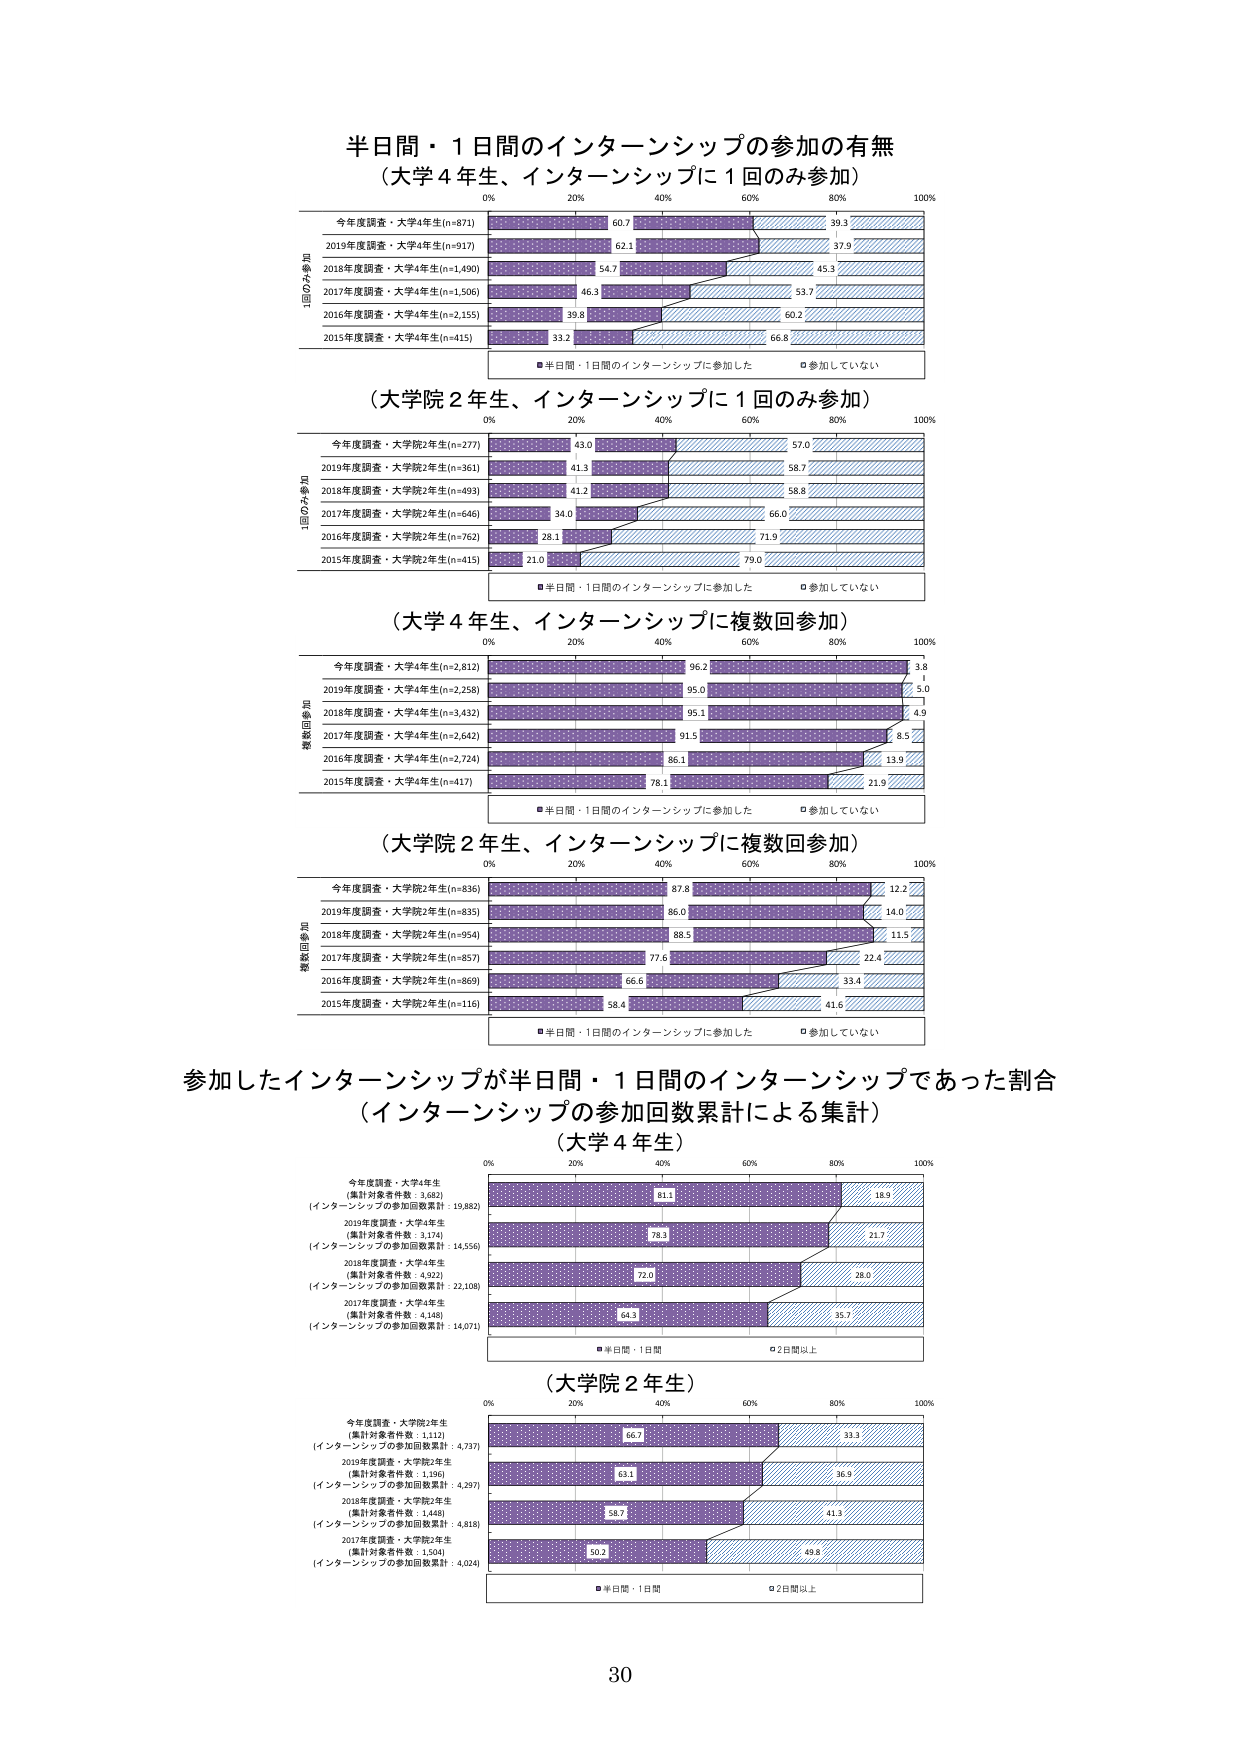
半日間・1日間のインターンシップの参加の有無
（大学4年生、インターンシップに1回のみ参加）

0% 20% 40% 60% 80% 100%

今年度調査・大学4年生(n=871)
60.7 39.3
2019年度調査・大学4年生(n=917)
62.1 37.9
2018年度調査・大学4年生(n=1,490)
54.7 45.3
2017年度調査・大学4年生(n=1,506)
46.3 53.7
2016年度調査・大学4年生(n=2,155)
39.8 60.2
2015年度調査・大学4年生(n=415)
33.2 66.8

■半日間・1日間のインターンシップに参加した
□参加していない

（大学院2年生、インターンシップに1回のみ参加）

0% 20% 40% 60% 80% 100%

今年度調査・大学院2年生(n=277)
43.0 57.0
2019年度調査・大学院2年生(n=361)
41.3 58.7
2018年度調査・大学院2年生(n=493)
41.2 58.8
2017年度調査・大学院2年生(n=646)
34.0 66.0
2016年度調査・大学院2年生(n=762)
28.1 71.9
2015年度調査・大学院2年生(n=415)
21.0 79.0

■半日間・1日間のインターンシップに参加した
□参加していない

（大学4年生、インターンシップに複数回参加）

0% 20% 40% 60% 80% 100%

今年度調査・大学4年生(n=2,812)
96.2 3.8
2019年度調査・大学4年生(n=2,258)
95.0 5.0
2018年度調査・大学4年生(n=3,432)
95.1 4.9
2017年度調査・大学4年生(n=2,642)
91.5 8.5
2016年度調査・大学4年生(n=2,724)
86.1 13.9
2015年度調査・大学4年生(n=417)
78.1 21.9

■半日間・1日間のインターンシップに参加した
□参加していない

（大学院2年生、インターンシップに複数回参加）

0% 20% 40% 60% 80% 100%

今年度調査・大学院2年生(n=836)
87.8 12.2
2019年度調査・大学院2年生(n=635)
86.0 14.0
2018年度調査・大学院2年生(n=954)
88.5 11.5
2017年度調査・大学院2年生(n=857)
77.6 22.4
2016年度調査・大学院2年生(n=869)
66.6 33.4
2015年度調査・大学院2年生(n=116)
58.4 41.6

■半日間・1日間のインターンシップに参加した
□参加していない

参加したインターンシップが半日間・1日間のインターンシップであった割合
（インターンシップの参加回数累計による集計）
（大学4年生）

0% 20% 40% 60% 80% 100%

今年度調査・大学4年生
（集計対象者件数：3,682）
（インターンシップの参加回数累計：19,882）
61.1 38.9

2019年度調査・大学4年生
（集計対象者件数：3,174）
（インターンシップの参加回数累計：14,556）
78.3 21.7

2018年度調査・大学4年生
（集計対象者件数：4,921）
（インターンシップの参加回数累計：22,108）
72.0 28.0

2017年度調査・大学4年生
（集計対象者件数：4,148）
（インターンシップの参加回数累計：14,071）
64.3 35.7

■半日間・1日間
□2日間以上

（大学院2年生）

0% 20% 40% 60% 80% 100%

今年度調査・大学院2年生
（集計対象者件数：1,112）
（インターンシップの参加回数累計：4,737）
66.7 33.3

2019年度調査・大学院2年生
（集計対象者件数：1,196）
（インターンシップの参加回数累計：4,297）
63.1 36.9

2018年度調査・大学院2年生
（集計対象者件数：1,448）
（インターンシップの参加回数累計：4,818）
58.7 41.3

2017年度調査・大学院2年生
（集計対象者件数：1,504）
（インターンシップの参加回数累計：4,024）
50.2 49.8

■半日間・1日間
□2日間以上

30